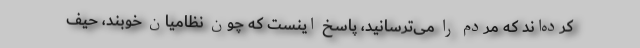
کرده‌اند که مردم را می‌ترسانید، پاسخ اینست که چون نظامیان خوبند، حیف